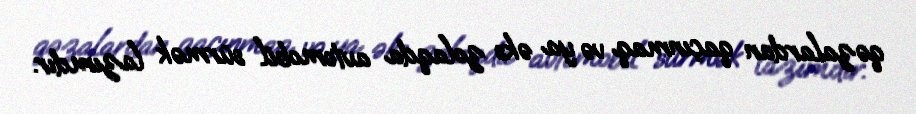
qəzalardan qaçınmaq və ya əks zolaqda avtomobil sürmək lazımdır.